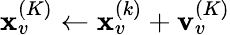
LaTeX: \mathbf{x}_{v}^{(K)}\gets\mathbf{x}_{v}^{(k)}+\mathbf{v}_{v}^{(K)}